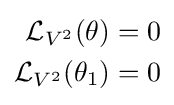
{\begin{aligned}{\mathcal {L}}_{V^{2}}(\theta )&=0\\{\mathcal {L}}_{V^{2}}(\theta _{1})&=0\end{aligned}}